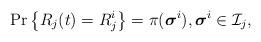
LaTeX: \begin{align*}{\Pr}\left\{ R_j(t) = R_j^i \right\} = \pi(\boldsymbol{\sigma} ^i), {\boldsymbol{\sigma} ^i} \in {\cal{I}}_j,\end{align*}